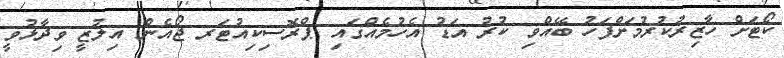
ކޯޓަށް ހާޒިރުކުރުމަށްފަހު ބޭއްވި ކުރު އަޑު އެހުމެއްގައި ޕްރޮސިކިއުޓަރ ޖޯއެން އިލުޒީ ވިދާޅުވީ